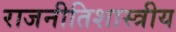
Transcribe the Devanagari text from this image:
राजनीतिशास्त्रीय